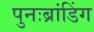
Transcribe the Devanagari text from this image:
पुनःब्रांडिंग